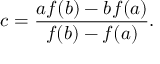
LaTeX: c = { \frac { a f ( b ) - b f ( a ) } { f ( b ) - f ( a ) } } .